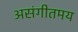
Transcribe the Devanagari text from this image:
असंगीतमय